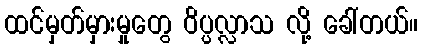
ထင်မှတ်မှားမှုတွေ ဝိပ္ပလ္လာသ လို့ ခေါ်တယ်။